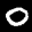
Label: 0